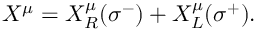
X ^ { \mu } = X _ { R } ^ { \mu } ( \sigma ^ { - } ) + X _ { L } ^ { \mu } ( \sigma ^ { + } ) .